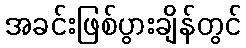
အခင်းဖြစ်ပွားချိန်တွင်